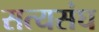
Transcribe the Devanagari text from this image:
सत्यसंघ